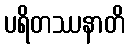
ပရိတဿနာတိ